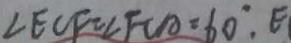
\angle E C F = \angle F C A = 6 0 ^ { \circ } , E